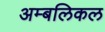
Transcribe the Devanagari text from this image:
अम्बलिकल